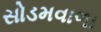
સોડમવાળા